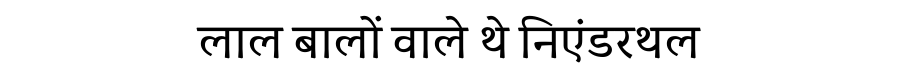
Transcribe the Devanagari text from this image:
लाल बालों वाले थे निएंडरथल